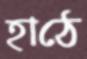
হাঠে